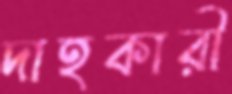
দাহকারী